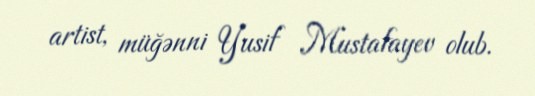
artist, müğənni Yusif Mustafayev olub.